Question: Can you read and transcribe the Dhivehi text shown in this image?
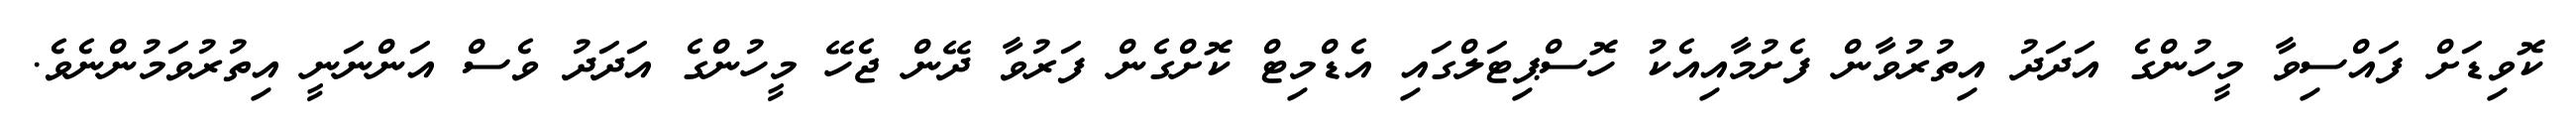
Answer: ކޮވިޑަށް ފައްސިވާ މީހުންގެ އަދަދު އިތުރުވާން ފެށުމާއިއެކު ހޮސްޕިޓަލްގައި އެޑްމިޓް ކޮށްގެން ފަރުވާ ދޭން ޖެހޭ މީހުންގެ އަދަދު ވެސް އަންނަނީ އިތުރުވަމުންނެވެ.